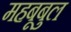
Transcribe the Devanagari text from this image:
महबूबुल